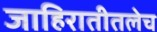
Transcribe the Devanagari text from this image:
जाहिरातीतलेच